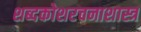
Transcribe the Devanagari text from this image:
शब्दकोशरचनाशास्त्र